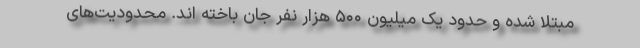
مبتلا شده و حدود یک میلیون ۵۰۰ هزار نفر جان باخته اند. محدودیت‌های